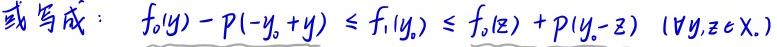
或写成：$f_0(y)-p(-y_0 + y)\leq f_1(y_0)\leq f_0(z)+p(y_0 - z)\ (\forall y,z\in X.)$